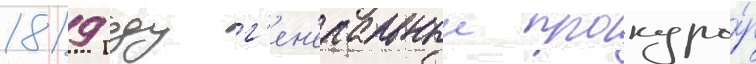
1819 году г'ен'еральныи прокуро́р